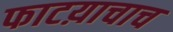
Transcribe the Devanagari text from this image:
फाटय़ाचाच